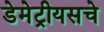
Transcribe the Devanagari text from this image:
डेमेट्रीयसचे